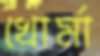
খোর্মা